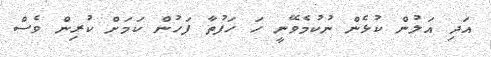
އަދި އަލުން ކުޅެން ނުކުމެވޭނީ ހަ ހަފުތާ ފަހުން ކަމަށް ކުރިން ވެސް